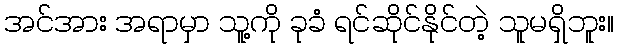
အင်အား အရာမှာ သူ့ကို ခုခံ ရင်ဆိုင်နိုင်တဲ့ သူမရှိဘူး။